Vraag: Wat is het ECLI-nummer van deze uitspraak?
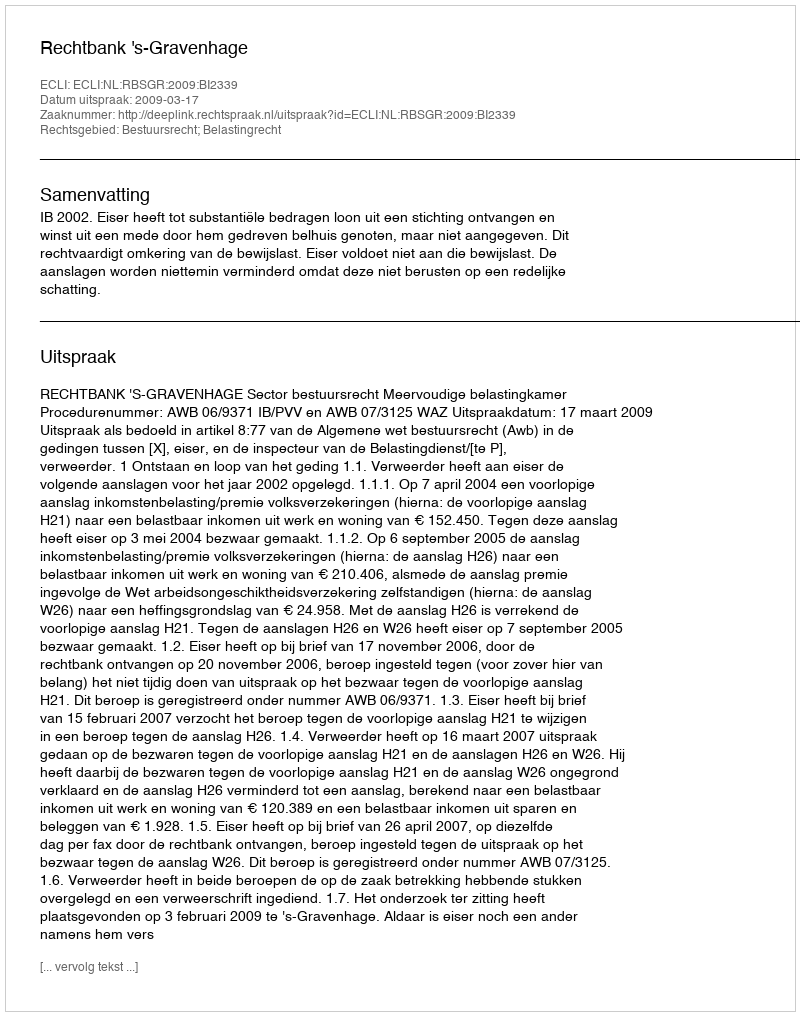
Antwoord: ECLI:NL:RBSGR:2009:BI2339